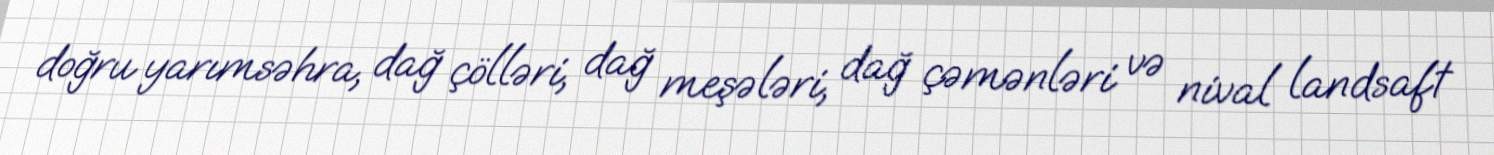
doğru yarımsəhra, dağ çölləri, dağ meşələri, dağ çəmənləri və nival landsaft